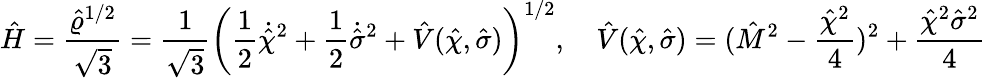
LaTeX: \hat{H}=\frac{\hat{\varrho}^{1/2}}{\sqrt{3}}=\frac{1}{\sqrt{3}}\left(\frac{1}{2}\dot{\hat{\chi}}^{2}+\frac{1}{2}\dot{\hat{\sigma}}^{2}+\hat{V}(\hat{\chi},\hat{\sigma})\right)^{1/2},\quad\hat{V}(\hat{\chi},\hat{\sigma})=(\hat{M}^{2}-\frac{\hat{\chi}^{2}}{4})^{2}+\frac{\hat{\chi}^{2}\hat{\sigma}^{2}}{4}